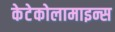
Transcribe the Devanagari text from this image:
केटेकोलामाइन्स